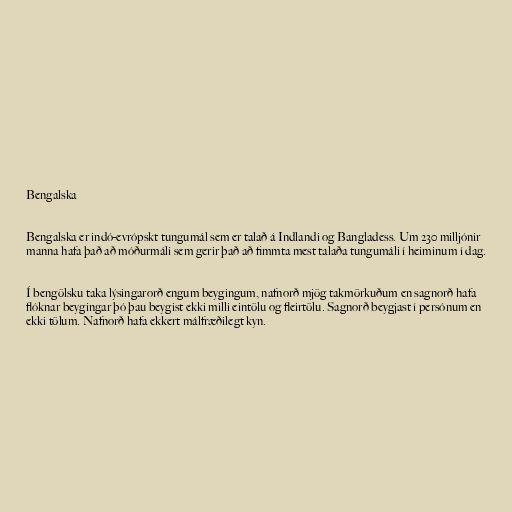
Bengalska

Bengalska er indó-evrópskt tungumál sem er talað á Indlandi og Bangladess. Um 230 milljónir
manna hafa það að móðurmáli sem gerir það að fimmta mest talaða tungumáli í heiminum í dag.

Í bengölsku taka lýsingarorð engum beygingum, nafnorð mjög takmörkuðum en sagnorð hafa
flóknar beygingar þó þau beygist ekki milli eintölu og fleirtölu. Sagnorð beygjast í persónum en
ekki tölum. Nafnorð hafa ekkert málfræðilegt kyn.